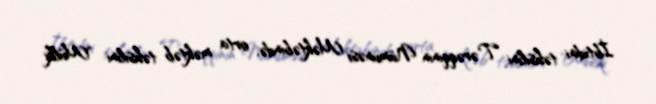
İbtidai təhsilini Tərəqqinin Nümunəsi Məktəbində, orta məktəb təhsilini "Mülki